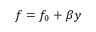
f = f _ { 0 } + \beta y